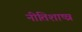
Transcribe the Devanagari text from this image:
नीतिशाष्त्र